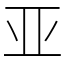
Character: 亚